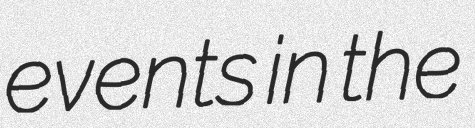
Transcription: events in the